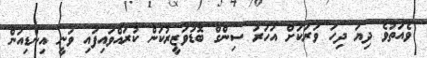
ވެއަތުވެ ދިޔަ ދިހަ ވަރަކަށް އަހަރު ސިންގް ބޮޑުވަޒީރުކަން ކުރައްވައިފައި ވަނީ އިންޑިއަން